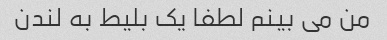
من می بینم لطفا یک بلیط به لندن